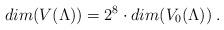
LaTeX: \begin{align*}dim(V(\Lambda)) = 2^8 \cdot dim(V_0(\Lambda)) \; .\end{align*}